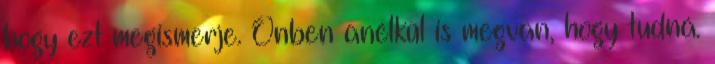
hogy ezt megismerje. Önben anélkül is megvan, hogy tudná.